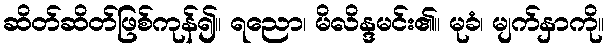
ဆိတ်ဆိတ်ဖြစ်ကုန်၍။ ရညော၊ မိလိန္ဒမင်း၏။ မုခံ၊ မျက်နှာကို။